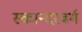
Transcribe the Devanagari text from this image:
स्कान्दरबर्ग